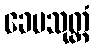
ခေမသုတ္တံ